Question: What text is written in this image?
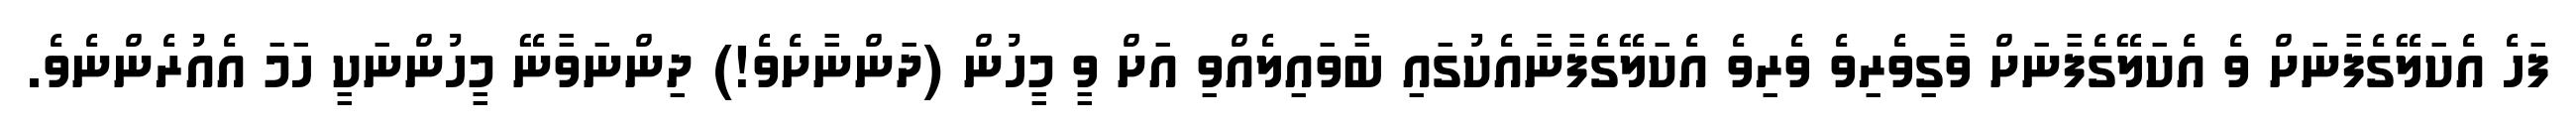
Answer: ފަހެ އެކަލޭގެފާނަށް ވެ އެކަލޭގެފާނަށް ވާގިވެރިވެ ވެރިވެ އެކަލޭގެފާނާއެކުގައި ބާވައިލެއްވި އަށް ވީ މީހުން (ދަންނާށެވެ!) ދިންނަވާނޭ މީހުންނަކީ ހަމަ އެއުރެންނެވެ.